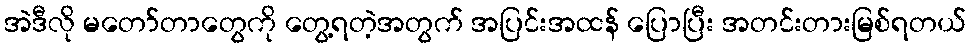
အဲဒီလို မတော်တာတွေကို တွေ့ရတဲ့အတွက် အပြင်းအထန် ပြောပြီး အတင်းတားမြစ်ရတယ်